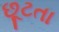
છૂટતા